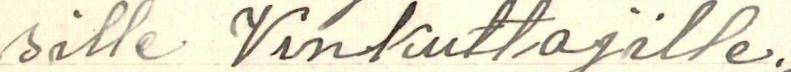
sille Vinkuttajille.